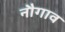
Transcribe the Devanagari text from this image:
नौगाव